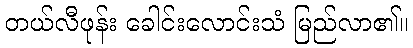
တယ်လီဖုန်း ခေါင်းလောင်းသံ မြည်လာ၏။